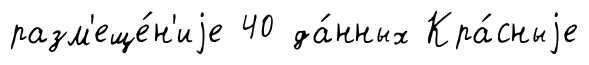
разм'еще́н'иjе 40 да́нных Кра́сныjе